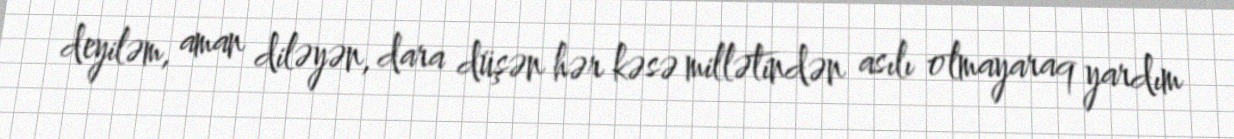
deyiləm, aman diləyən, dara düşən hər kəsə millətindən asılı olmayaraq yardım